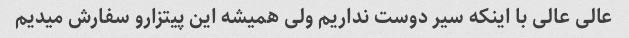
عالی عالی با اینکه سیر دوست نداریم ولی همیشه این پیتزارو سفارش میدیم